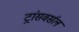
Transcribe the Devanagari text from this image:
ट्रांसवर्सल